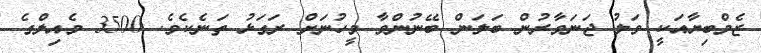
ޒެމްބިޔާއަކީ ވަލު ޖަނަވާރުން ބަލަން ބޭނުންވާ މީހުނަށް ރަގަޅު ތަނެކެވެ. 3500 މެއިލްގެ